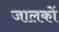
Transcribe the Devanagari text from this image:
जालकों